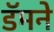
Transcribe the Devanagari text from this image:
डॅमने